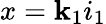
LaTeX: x=\mathbf{k}_{1}i_{1}